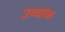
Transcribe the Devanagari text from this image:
उच्‍चांक